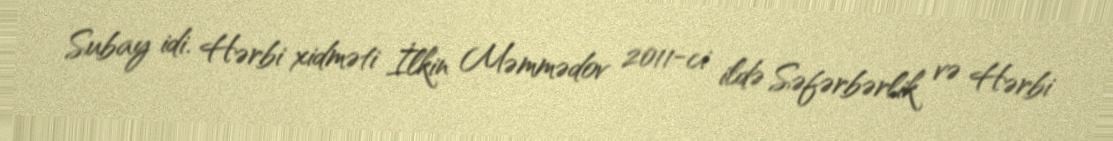
Subay idi. Hərbi xidməti İlkin Məmmədov 2011-ci ildə Səfərbərlik və Hərbi